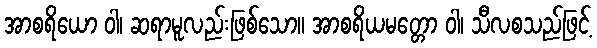
အာစရိယော ဝါ၊ ဆရာမူလည်းဖြစ်သော။ အာစရိယမတ္တော ဝါ၊ သီလစသည်ဖြင့်